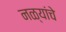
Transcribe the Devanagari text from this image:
नळ्यांचे